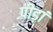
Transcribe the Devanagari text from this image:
पीड़ां